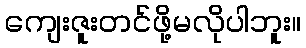
ကျေးဇူးတင်ဖို့မလိုပါဘူး။